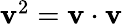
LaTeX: \textstyle\mathbf{v}^{2}=\mathbf{{\mathbf{v}}}\cdot\mathbf{{\mathbf{v}}}